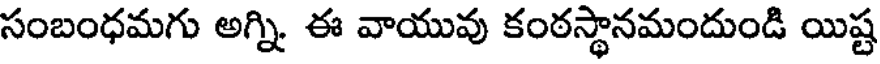
సంబంధమగు అగ్ని ఈ వాయువు కంఠస్థానమందుండి యిష్ట